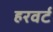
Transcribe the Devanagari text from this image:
हरवर्ट